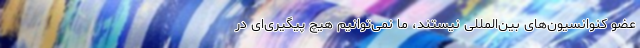
عضو کنوانسیون‌های بین‌المللی نیستند، ما نمی‌توانیم هیچ پیگیری‌ای در